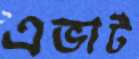
এভার্ট